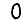
Digit: 0